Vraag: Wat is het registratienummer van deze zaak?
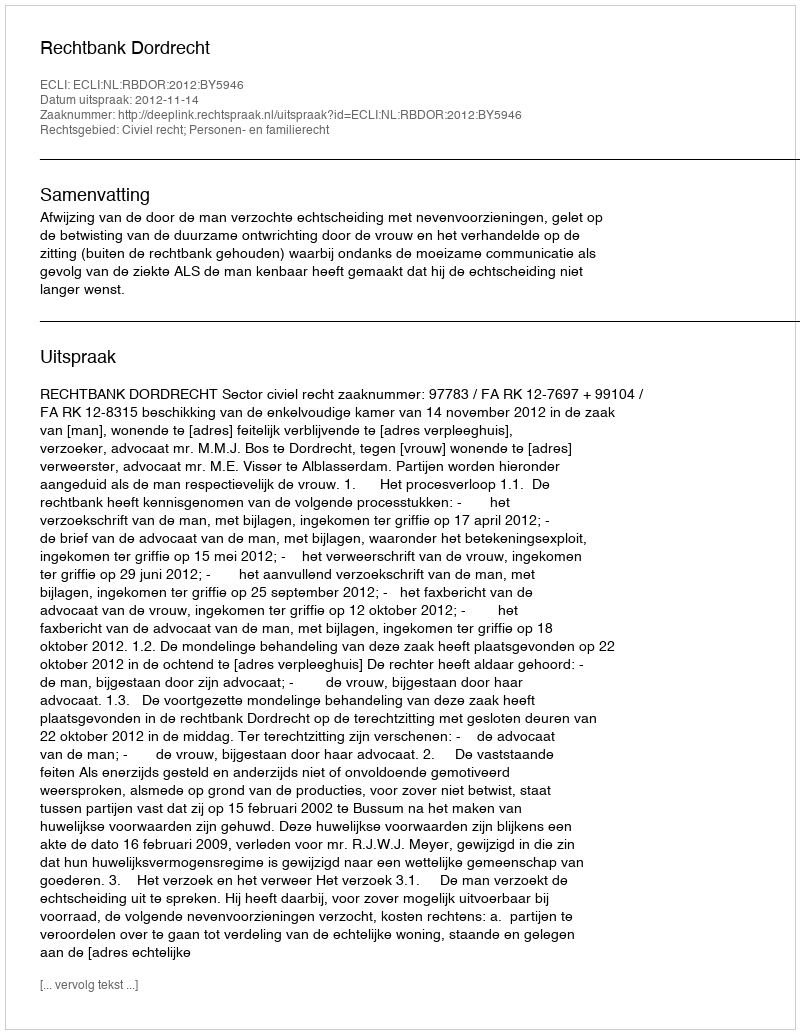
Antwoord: http://deeplink.rechtspraak.nl/uitspraak?id=ECLI:NL:RBDOR:2012:BY5946